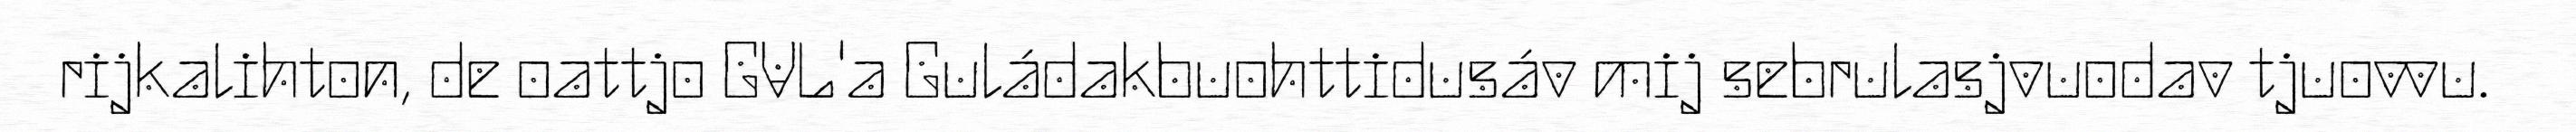
rijkalihton, de oattjo GVL'a Guládakbuohttidusáv mij sebrulasjvuodav tjuovvu.